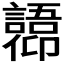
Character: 𫤋